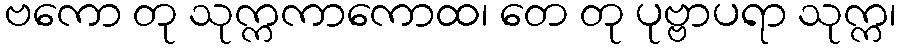
ဗကော တု သုက္ကကာကောထ၊ တေ တု ပုဗ္ဗာပရာ သုက္က၊